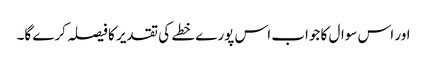
اور اس سوال کا جواب اس پورے خطے کی تقدیر کا فیصلہ کرے گا۔